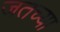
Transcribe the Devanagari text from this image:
जतच्या